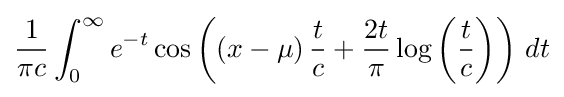
{\frac {1}{\pi c}}\int _{0}^{\infty }e^{-t}\cos \left(\left(x-\mu \right){\frac {t}{c}}+{\frac {2t}{\pi }}\log \left({\frac {t}{c}}\right)\right)\,dt